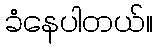
ခံနေပါတယ်။